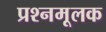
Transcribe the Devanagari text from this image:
प्रश्नमूलक